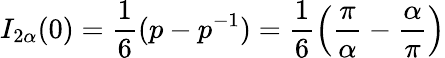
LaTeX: I_{2\alpha}(0)=\frac{1}{6}(p-p^{-1})=\frac{1}{6}\left(\frac{\pi}{\alpha}-\frac{\alpha}{\pi}\right)